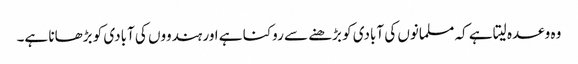
وہ وعدہ لیتا ہے کہ مسلمانوں کی آبادی کو بڑھنے سے روکنا ہے اور ہندووں کی آبادی کو بڑھانا ہے۔